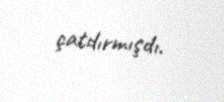
çatdırmışdı.